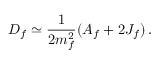
D _ { f } \simeq \frac { 1 } { 2 m _ { f } ^ { 2 } } ( A _ { f } + 2 { \cal J } _ { f } ) \, .